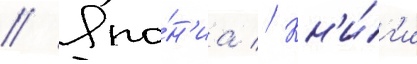
// Япо́н'иа // Кн'и́г'и